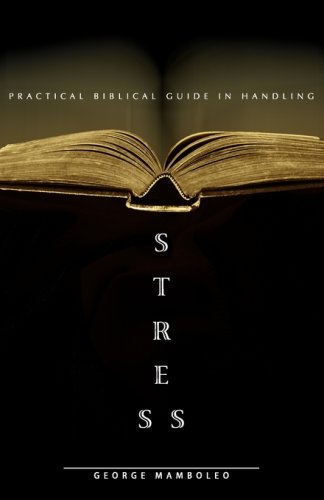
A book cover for Practical Biblical Guide in Handling Stress; George Mamboleo; Business & Money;